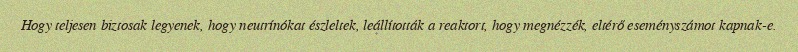
Hogy teljesen biztosak legyenek, hogy neutrínókat észleltek, leállították a reaktort, hogy megnézzék, eltérő eseményszámot kapnak-e.